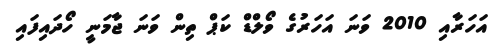
އަހަރާއި 2010 ވަނަ އަހަރުގެ ވޯލްޑް ކަޕް ތިން ވަނަ ޖާމަނީ ހޯދައިފައި